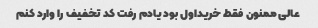
عالی ممنون فقط خریداول بود یادم رفت کد تخفیف را وارد کنم